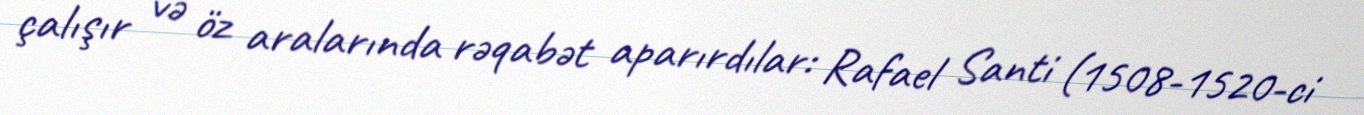
çalışır və öz aralarında rəqabət aparırdılar: Rafael Santi (1508-1520-ci